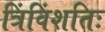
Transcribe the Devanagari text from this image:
त्रिंविंशतिः